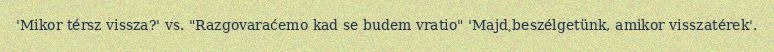
'Mikor térsz vissza?' vs. "Razgovaraćemo kad se budem vratio" 'Majd beszélgetünk, amikor visszatérek'.